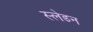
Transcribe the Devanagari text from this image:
स्लेडन